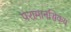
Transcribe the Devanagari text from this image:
परामानसिकय